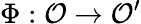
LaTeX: \Phi:{\mathcal{O}}\rightarrow{\mathcal{O}}^{\prime}